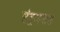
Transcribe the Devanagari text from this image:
संतुलनास